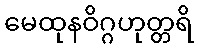
မေထုနဝိဂ္ဂဟုတ္တရိ